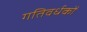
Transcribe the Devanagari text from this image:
गतिवर्धकों